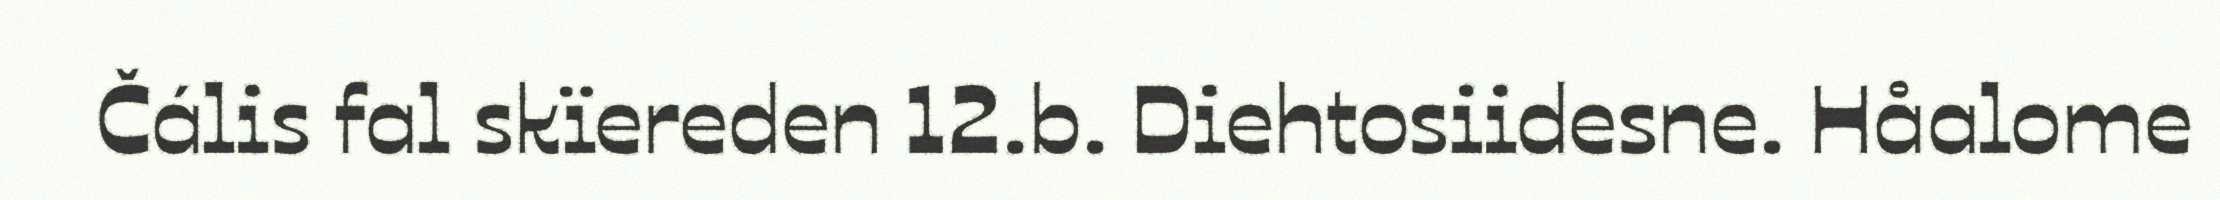
Čális fal skïereden 12.b. Diehtosiidesne. Håalome